Report on sanitation, dispensaries, and jails in Rajputana for 1911, and on vaccination for the year 1911-1912 - 1911-1912
Year: 1911
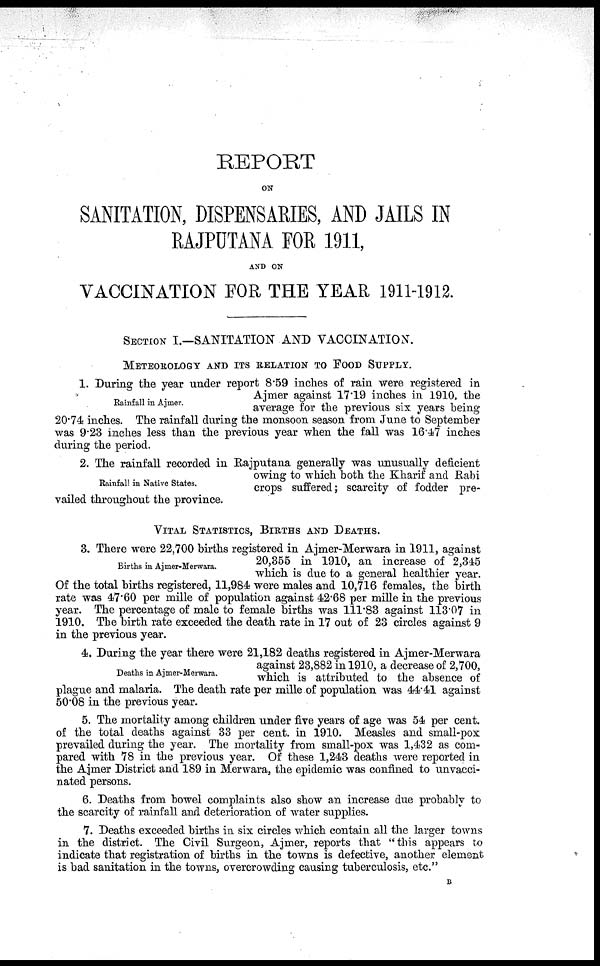
REPORT
ON
SANITATION, DISPENSARIES, AND JAILS IN
RAJPUTANA FOR 1911,
AND ON
VACCINATION FOR THE YEAR 1911-1912.
SECTION I.—SANITATION AND VACCINATION.
METEOROLOGY AND ITS RELATION TO FOOD SUPPLY.
Rainfall in Ajmer.
1. During the year under report 8.59 inches of rain were registered in
Ajmer against 17.19 inches in 1910, the
average for the previous six years being
20.74 inches. The rainfall during the monsoon season from June to September
was 9.23 inches less than the previous year when the fall was 16.47 inches
during the period.
Rainfall in Native States.
2. The rainfall recorded in Rajputana generally was unusually deficient
owing to which both the Kharif and Rabi
crops suffered; scarcity of fodder pre-
vailed throughout the province.
VITAL STATISTICS, BIRTHS AND DEATHS.
Births in Ajmer-Merwara.
3. There were 22,700 births registered in Ajmer-Merwara in 1911, against
20,355 in 1910, an increase of 2,345
which is due to a general healthier year.
Of the total births registered, 11,984 were males and 10,716 females, the birth
rate was 47.60 per mille of population against 42.68 per mille in the previous
year. The percentage of male to female births was 111.83 against 113.07 in
1910. The birth rate exceeded the death rate in 17 out of 23 circles against 9
in the previous year.
Deaths in Ajmer-Merwara.
4. During the year there were 21,182 deaths registered in Ajmer-Merwara
against 23,882 in 1910, a decrease of 2,700,
which is attributed to the absence of
plague and malaria. The death rate per mille of population was 44.41 against
50.08 in the previous year.
5. The mortality among children under five years of age was 54 per cent.
of the total deaths against 33 per cent. in 1910. Measles and small-pox
prevailed during the year. The mortality from small-pox was 1,432 as com-
pared with 78 in the previous year. Of these 1,243 deaths were reported in
the Ajmer District and 189 in Merwara, the epidemic was confined to unvacci-
nated persons.
6. Deaths from bowel complaints also show an increase due probably to
the scarcity of rainfall and deterioration of water supplies.
7. Deaths exceeded births in six circles which contain all the larger towns
in the district. The Civil Surgeon, Ajmer, reports that "this appears to
indicate that registration of births in the towns is defective, another element
is bad sanitation in the towns, overcrowding causing tuberculosis, etc."
B